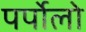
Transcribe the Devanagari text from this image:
पर्पोलो